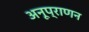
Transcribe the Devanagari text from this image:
अनूप्राणन